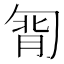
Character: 㔨